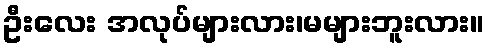
ဦးလေး အလုပ်များလား၊မများဘူးလား။